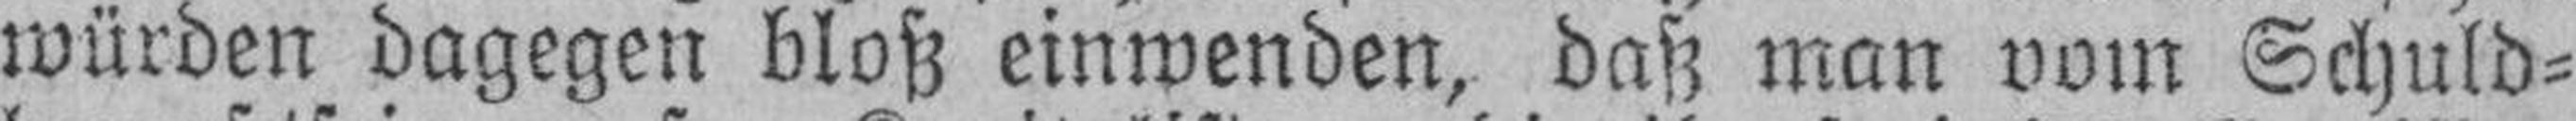
würden dagegen bloß einwenden, daß man vom Schuld¬